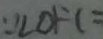
\because \angle O F C =